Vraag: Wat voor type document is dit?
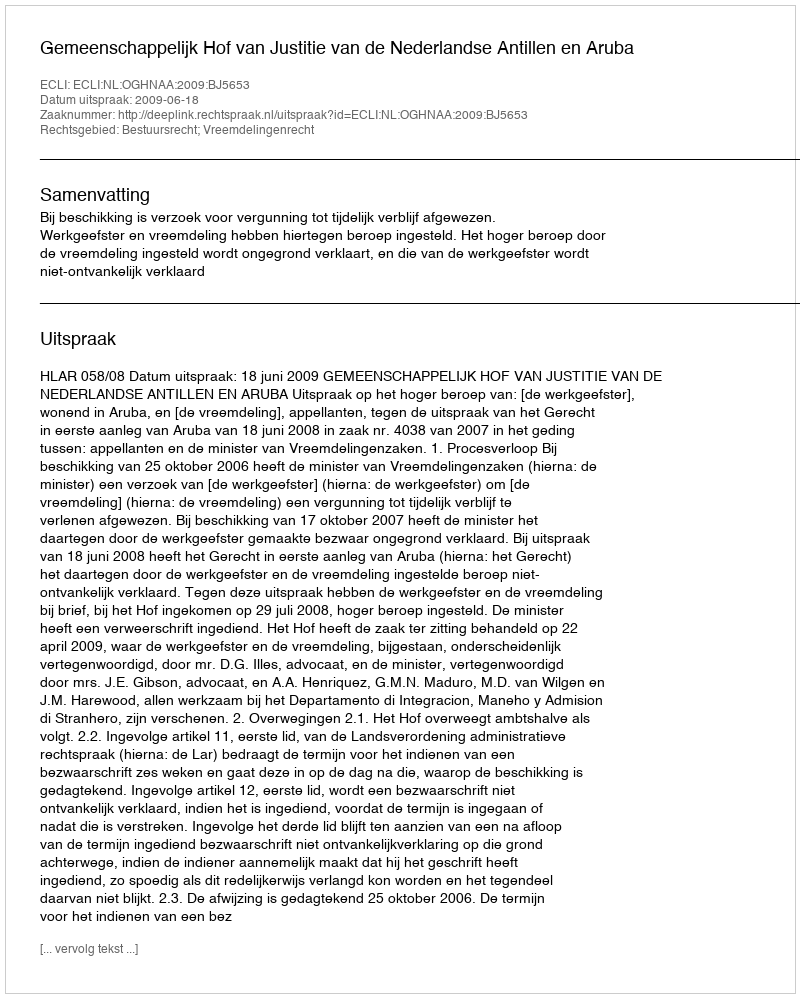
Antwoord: Uitspraak